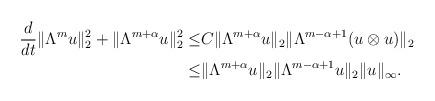
LaTeX: \begin{align*}\frac{d}{dt}\|\Lambda^{m}u\|_{2}^{2}+\|\Lambda^{m+\alpha}u\|_{2}^{2}\leq & C\|\Lambda^{m+\alpha}u\|_{2}\|\Lambda^{m-\alpha+1}(u\otimes u)\|_{2}\\ \leq &\|\Lambda^{m+\alpha}u\|_{2}\|\Lambda^{m-\alpha+1}u\|_{2}\|u\|_{\infty}.\end{align*}